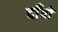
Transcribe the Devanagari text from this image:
दाँवों